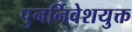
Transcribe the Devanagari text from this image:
पुनर्निवेशयुक्त